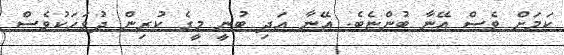
ކަމަށް ވެސް އޭނާ ބުންޏެބެ. އޭނާ އަދި ބުނީ މީގެ ކުރިން ދުވަހަކުވެސް